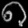
Digit: ၈